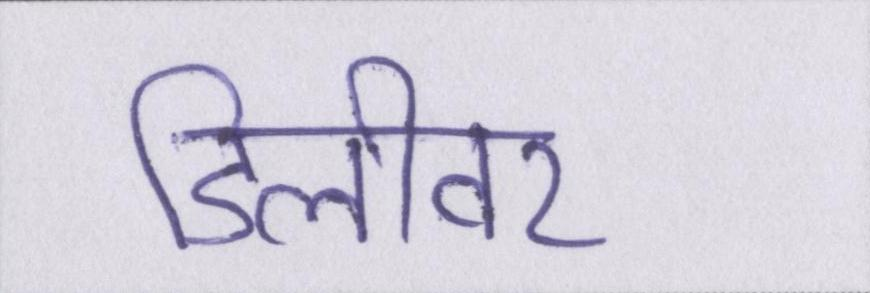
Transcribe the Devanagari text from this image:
डिलीवर